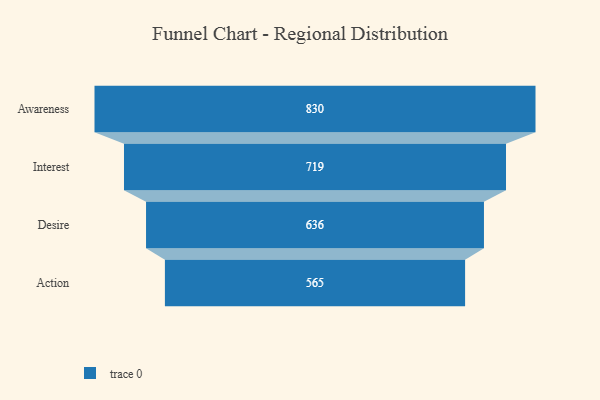
{"axis": {"x": "Stage", "y": "Value"}, "legend": [""], "data": [{"x": "Awareness", "y": 830.0, "type": ""}, {"x": "Interest", "y": 719.0, "type": ""}, {"x": "Desire", "y": 636.0, "type": ""}, {"x": "Action", "y": 565.0, "type": ""}]}